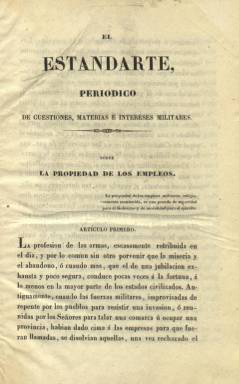
Título: El Estandarte (Madrid. 1845)
Colección: Fuerzas armadas
Ámbito geográfico: Madrid
Lugar de publicación: Madrid
Fechas: 01/01/1845-31/12/1845

“Periódico de cuestiones, materias e intereses militares”, cuyo redactor único es el coronel, periodista y escritor Luis Corsini (París: 1791-1878), que trata de asuntos didácticos, técnicos, históricos, orgánicos, administrativos y reglamentarios e inserta una parte oficial, con decretos y reales órdenes y nombramientos y promociones.

El periódico Bibliografía de España anunció su salida, indicado que aparecería los días 6, 14, 21 y 29 de cada mes, a contar desde junio de 1845. Su colección la integra una veintena de números sin datar, que salieron de la madrileña imprenta de J. Martín Alegría, de 32 páginas cada uno y compuestos a una columna, hasta el 29 de octubre de ese mismo año.

Entre los artículos que publica aparecen los titulados Sobre la propiedad de los empleos, Arte y ciencia militar, El honor y el valor, Sobre la supresión del principio táctico, La ojeada del guerrillero, Batalla de Almansa, Los primeros tiros, Caballería, Estilos y usos militares, Esgrima o Sociedad Militar de Seguros Mutuos, entre otros muchos. También aparece un artículo remitido por el suscriptor José de la Concha.

Asimismo inserta una parte narrativa y anecdótica con los pensamientos de Napoleón y su opinión sobre los personajes célebres de la época, entresacados de sus notas autógrafas y de los manuscritos dictados por él en la isla de Santa Elena a los generales Gourgaud y Montholon.

Corsini es autor tanto de obras literarias como de temática militar, y fue colaborador de periódicos como El Grito del Ejército (1841) o España militar (1842-1843), entre otros.